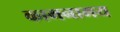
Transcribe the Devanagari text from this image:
कामनामय